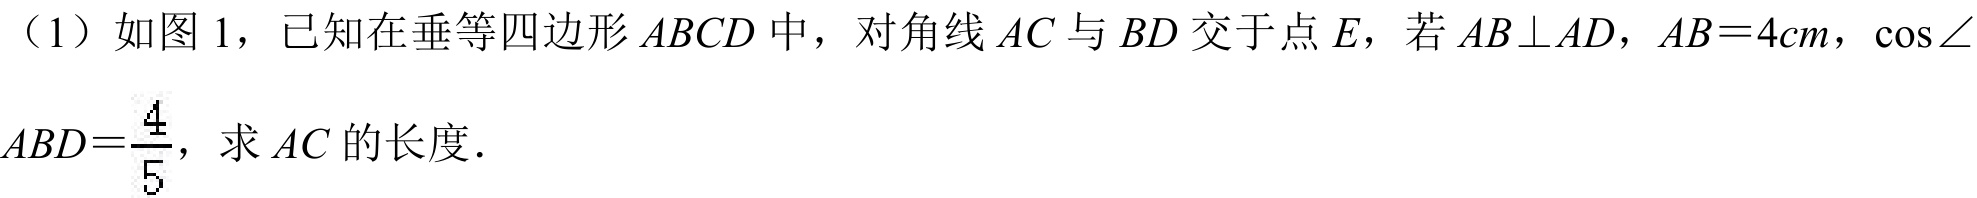
（1）如图 1，已知在垂等四边形\(ABCD\)中，对角线\(AC\)与\(BD\)交于点\(E\)，若\(AB\perp AD\)，\(AB = 4cm\)，\(\cos\angle ABD=\frac{4}{5}\)，求\(AC\)的长度．